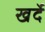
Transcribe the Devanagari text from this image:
खर्दे